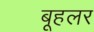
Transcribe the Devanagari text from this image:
बूहलर